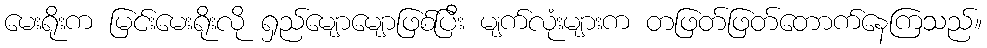
မေးရိုးက မြင်းမေးရိုးလို ရှည်မျောမျောဖြစ်ပြီး မျက်လုံးများက တဖြတ်ဖြတ်တောက်နေကြသည်။